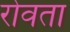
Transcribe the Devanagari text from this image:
रोवता